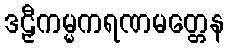
ဒဠှီကမ္မကရဏမတ္တေန